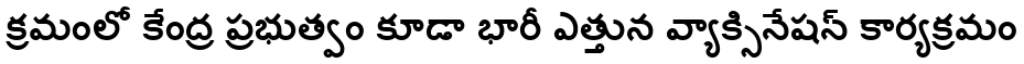
క్రమంలో కేంద్ర ప్రభుత్వం కూడా భారీ ఎత్తున వ్యాక్సినేషన్ కార్యక్రమం